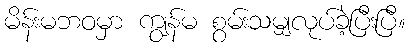
မိန်းမဘဝမှာ ကျွန်မ စွမ်းသမျှလုပ်ခဲ့ပြီးပြီ။